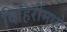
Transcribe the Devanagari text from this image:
विहिरींमध्ये